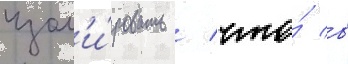
изол'и́ровать / что́ в